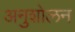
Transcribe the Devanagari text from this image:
अनुशोलन